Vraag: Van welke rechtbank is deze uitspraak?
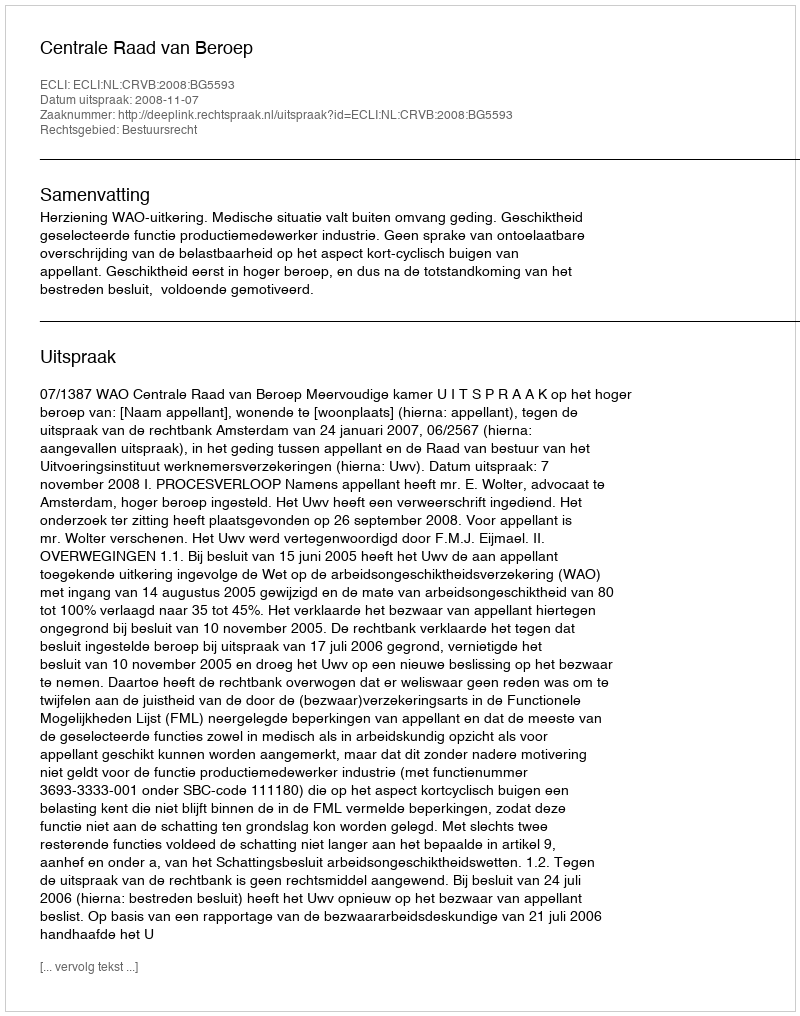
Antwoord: Centrale Raad van Beroep